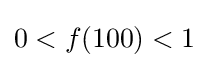
0<f(100)<1